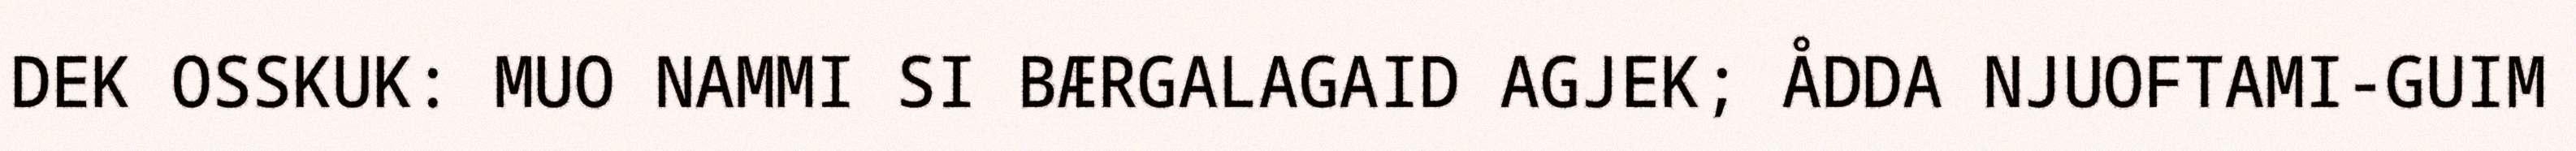
DEK OSSKUK: MUO NAMMI SI BÆRGALAGAID AGJEK; ÅDDA NJUOFTAMI-GUIM